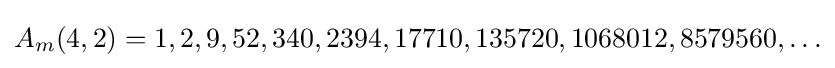
A_{m}(4,2)=1,2,9,52,340,2394,17710,135720,1068012,8579560,\ldots